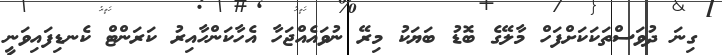
ގިނަ ދުވަސްތަކަކަށްފަހް މާލޭގެ ބޮޑު ބަޔަކު މިރޭ ނުވައެއްޖަހާ އެހާކަންހާއިރު ކަރަންޓް ކެނޑިފައިވަނީ